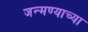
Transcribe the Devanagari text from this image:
जन्मण्याच्या